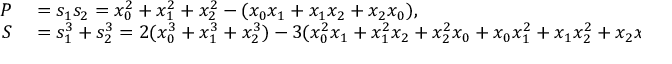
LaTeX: \begin{array} { r l } { P } & { { } = s _ { 1 } s _ { 2 } = x _ { 0 } ^ { 2 } + x _ { 1 } ^ { 2 } + x _ { 2 } ^ { 2 } - ( x _ { 0 } x _ { 1 } + x _ { 1 } x _ { 2 } + x _ { 2 } x _ { 0 } ) , } \\ { S } & { { } = s _ { 1 } ^ { 3 } + s _ { 2 } ^ { 3 } = 2 ( x _ { 0 } ^ { 3 } + x _ { 1 } ^ { 3 } + x _ { 2 } ^ { 3 } ) - 3 ( x _ { 0 } ^ { 2 } x _ { 1 } + x _ { 1 } ^ { 2 } x _ { 2 } + x _ { 2 } ^ { 2 } x _ { 0 } + x _ { 0 } x _ { 1 } ^ { 2 } + x _ { 1 } x _ { 2 } ^ { 2 } + x _ { 2 } x _ { 0 } ^ { 2 } ) + 1 2 x _ { 0 } x _ { 1 } x _ { 2 } . } \end{array}